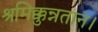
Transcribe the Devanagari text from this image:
श्रमिक्कुन्नतान।